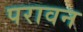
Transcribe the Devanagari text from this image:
परावन